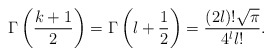
\begin{align*}\Gamma\left(\frac{k+1}{2}\right) = \Gamma\left(l+\frac{1}{2}\right) = \frac{(2l)!\sqrt{\pi}}{4^l l!}.\end{align*}